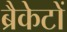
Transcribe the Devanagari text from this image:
ब्रैकेटों